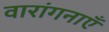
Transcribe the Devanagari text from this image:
वारांगनाएँ